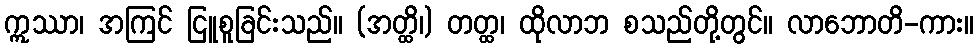
ဣဿာ၊ အကြင် ငြူစူခြင်းသည်။ (အတ္ထိ၊) တတ္ထ၊ ထိုလာဘ စသည်တို့တွင်။ လာဘောတိ-ကား။